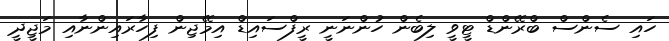
ހައި ސެންސް ބްރޭންޑް ޓީވީ ލިބެން ހުންނަނީ ރީފްސައިޑް އިމޭޖިން ފިހާރައިންނާއި މަޖީދީ